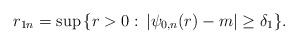
\begin{align*}r_{1n}=\sup\,\{r>0:\,|\psi_{0,n}(r)-m|\ge \delta_1\}.\end{align*}